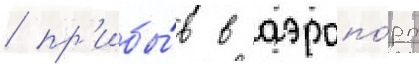
/ пр'ибы́в в аэропо́рт